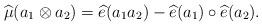
LaTeX: \begin{align*}\widehat{\mu}(a_1 \otimes a_2)=\widehat{e}(a_1 a_2)-\widehat{e}(a_1) \circ \widehat{e}(a_2). \end{align*}